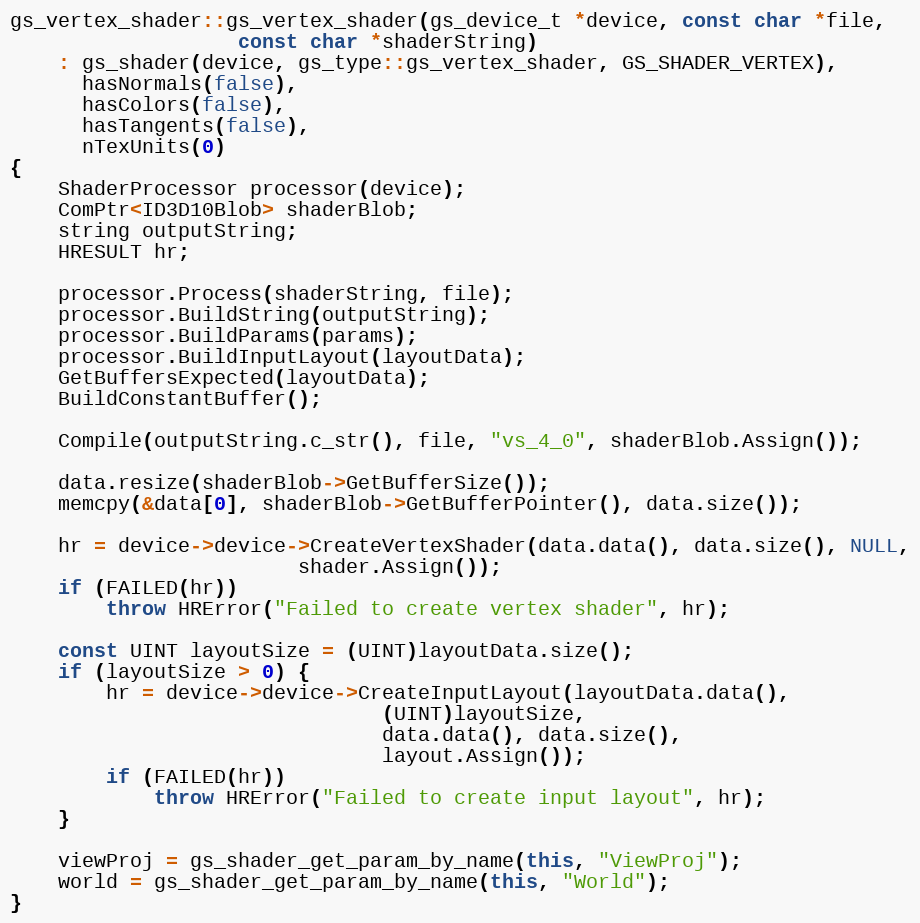
Language: C++
gs_vertex_shader::gs_vertex_shader(gs_device_t *device, const char *file,
				   const char *shaderString)
	: gs_shader(device, gs_type::gs_vertex_shader, GS_SHADER_VERTEX),
	  hasNormals(false),
	  hasColors(false),
	  hasTangents(false),
	  nTexUnits(0)
{
	ShaderProcessor processor(device);
	ComPtr<ID3D10Blob> shaderBlob;
	string outputString;
	HRESULT hr;

	processor.Process(shaderString, file);
	processor.BuildString(outputString);
	processor.BuildParams(params);
	processor.BuildInputLayout(layoutData);
	GetBuffersExpected(layoutData);
	BuildConstantBuffer();

	Compile(outputString.c_str(), file, "vs_4_0", shaderBlob.Assign());

	data.resize(shaderBlob->GetBufferSize());
	memcpy(&data[0], shaderBlob->GetBufferPointer(), data.size());

	hr = device->device->CreateVertexShader(data.data(), data.size(), NULL,
						shader.Assign());
	if (FAILED(hr))
		throw HRError("Failed to create vertex shader", hr);

	const UINT layoutSize = (UINT)layoutData.size();
	if (layoutSize > 0) {
		hr = device->device->CreateInputLayout(layoutData.data(),
						       (UINT)layoutSize,
						       data.data(), data.size(),
						       layout.Assign());
		if (FAILED(hr))
			throw HRError("Failed to create input layout", hr);
	}

	viewProj = gs_shader_get_param_by_name(this, "ViewProj");
	world = gs_shader_get_param_by_name(this, "World");
}